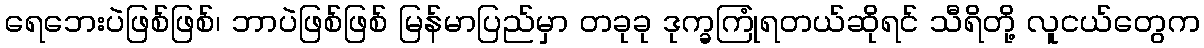
ရေဘေးပဲဖြစ်ဖြစ်၊ ဘာပဲဖြစ်ဖြစ် မြန်မာပြည်မှာ တခုခု ဒုက္ခကြုံရတယ်ဆိုရင် သီရိတို့ လူငယ်တွေက